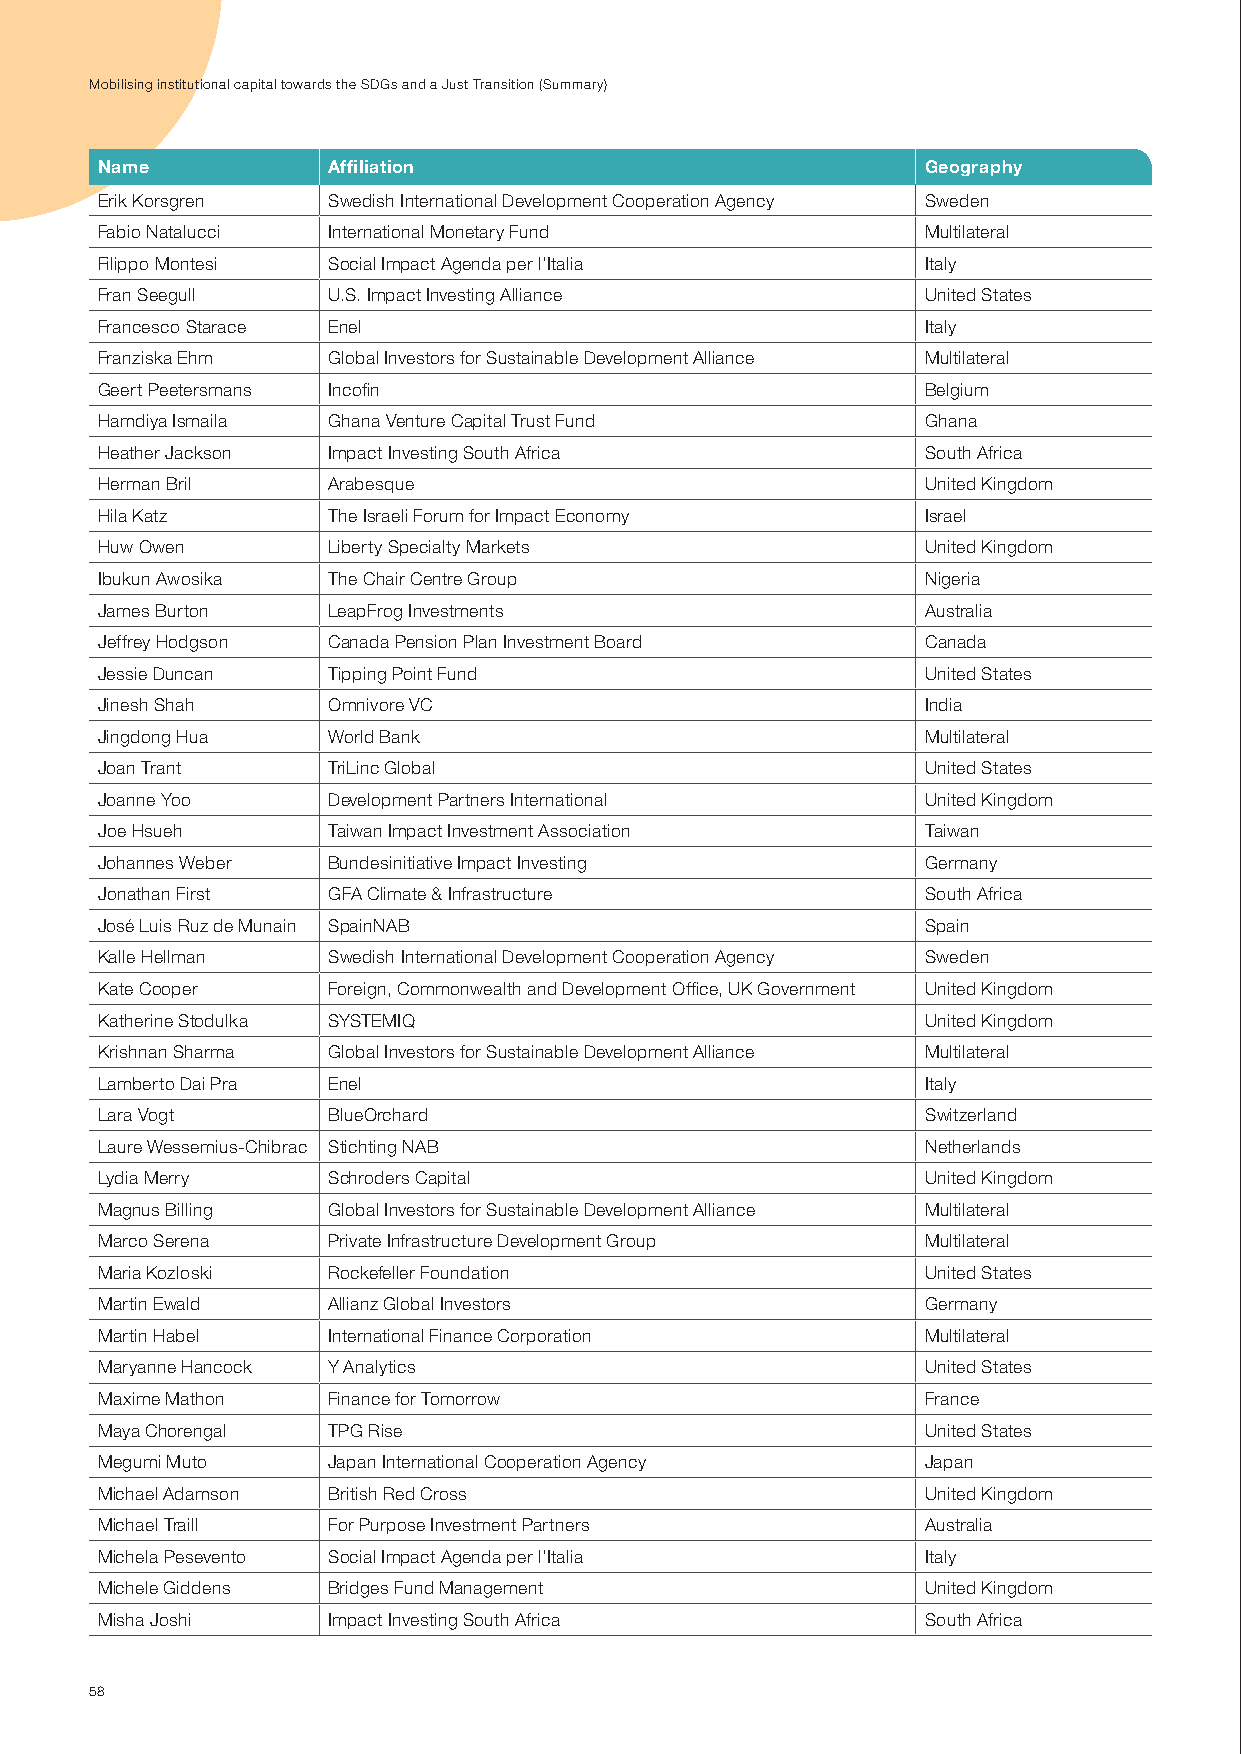
mobilising institutional capital towards the sdGs and a Just transition (summary)
 Name            Affiliation                            Geography
 erik Korsgren   swedish international development cooperation Agency sweden
 Fabio natalucci international monetary Fund            multilateral
 Filippo montesi social impact Agenda per l’italia      italy
 Fran seegull    u.s. impact investing Alliance         united states
 Francesco starace enel                                 italy
 Franziska ehm   Global investors for sustainable development Alliance multilateral
 Geert peetersmans incofin                              Belgium
 hamdiya ismaila Ghana venture capital trust Fund       Ghana
 heather Jackson impact investing south Africa          south Africa
 herman Bril     Arabesque                              united Kingdom
 hila Katz       the israeli Forum for impact economy   israel
 huw owen        Liberty specialty markets              united Kingdom
 ibukun Awosika  the chair centre Group                 nigeria
 James Burton    LeapFrog investments                   Australia
 Jeffrey hodgson canada pension plan investment Board   canada
 Jessie duncan   tipping point Fund                     united states
 Jinesh shah     omnivore vc                            india
 Jingdong hua    World Bank                             multilateral
 Joan trant      triLinc Global                         united states
 Joanne yoo      development partners international     united Kingdom
 Joe hsueh       taiwan impact investment Association   taiwan
 Johannes Weber  Bundesinitiative impact investing      Germany
 Jonathan First  GFA climate & infrastructure           south Africa
 José Luis ruz de munain spainnAB                       spain
 Kalle hellman   swedish international development cooperation Agency sweden
 Kate cooper     Foreign, commonwealth and development office, uK Government united Kingdom
 Katherine stodulka systemiQ                            united Kingdom
 Krishnan sharma Global investors for sustainable development Alliance multilateral
 Lamberto dai pra enel                                  italy
 Lara vogt       Blueorchard                            switzerland
 Laure Wessemius-chibrac stichting nAB                  netherlands
 Lydia merry     schroders capital                      united Kingdom
 magnus Billing  Global investors for sustainable development Alliance multilateral
 marco serena    private infrastructure development Group multilateral
 maria Kozloski  rockefeller Foundation                 united states
 martin ewald    Allianz Global investors               Germany
 martin habel    international Finance corporation      multilateral
 maryanne hancock y Analytics                           united states
 maxime mathon   Finance for tomorrow                   France
 maya chorengal  tpG rise                               united states
 megumi muto     Japan international cooperation Agency Japan
 michael Adamson British red cross                      united Kingdom
 michael traill  For purpose investment partners        Australia
 michela pesevento social impact Agenda per l’italia    italy
 michele Giddens Bridges Fund management                united Kingdom
 misha Joshi     impact investing south Africa          south Africa
 58